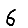
Digit: 6